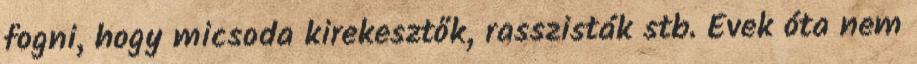
fogni, hogy micsoda kirekesztők, rasszisták stb. Évek óta nem